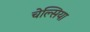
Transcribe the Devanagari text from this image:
चेल्‍सिया